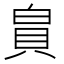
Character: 𪽾